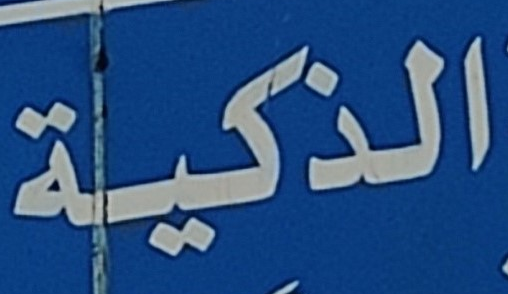
الذكية